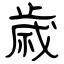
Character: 歳